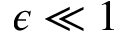
\epsilon \ll 1